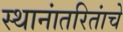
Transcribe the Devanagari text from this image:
स्थानांतरितांचे